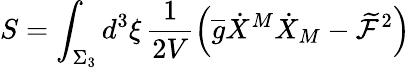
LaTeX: S=\int_{\Sigma_{3}}d^{3}\xi\, \frac{1}{2V}\left(\overline{{{g}}}\dot{X}^{M}\dot{X}_{M}-\widetilde{\mathcal{F}}^{2}\right)